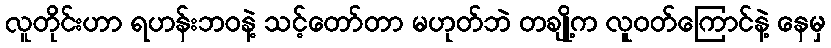
လူတိုင်းဟာ ရဟန်းဘဝနဲ့ သင့်တော်တာ မဟုတ်ဘဲ တချို့က လူဝတ်ကြောင်နဲ့ နေမှ